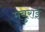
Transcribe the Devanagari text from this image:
मबुराई